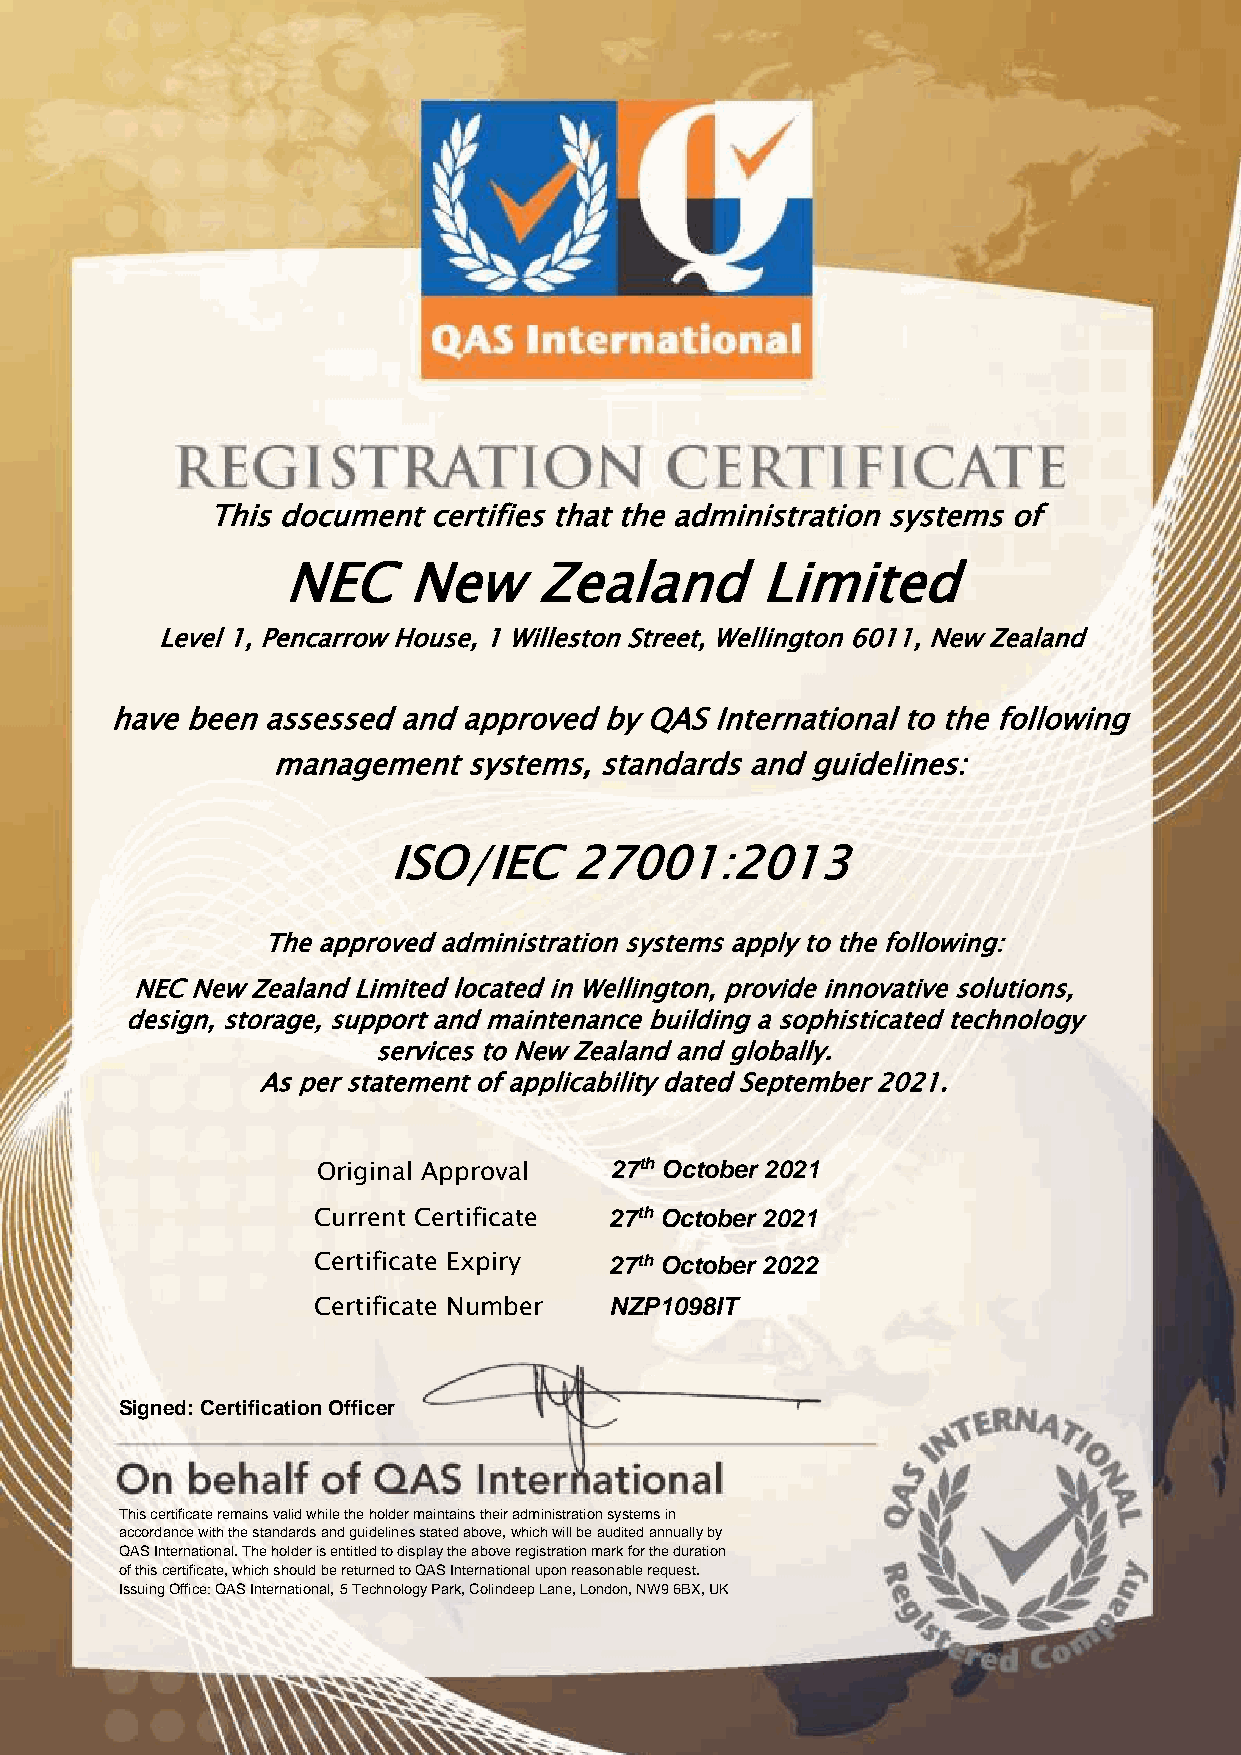
This document certifies that the administration systems of
 NEC     New     Zealand        Limited
 Level 1, Pencarrow House, 1 Willeston Street, Wellington 6011, New Zealand
 have been assessed and approved  by QAS International to the following
 management   systems, standards and guidelines:
 ISO/IEC     27001:2013
 The approved administration systems apply to the following:
 NEC New Zealand Limited located in Wellington, provide innovative solutions,
 design, storage, support and maintenance building a sophisticated technology
 services to New Zealand and globally.
 As per statement of applicability dated September 2021.
 Original Approval  27th October 2021
 Current Certificate 27th October 2021
 Certificate Expiry 27th October 2022
 Certificate Number NZP1098IT
 Signed: Certification Officer
 This certificate remains valid while the holder maintains their administration systems in
 accordance with the standards and guidelines stated above, which will be audited annually by
 QAS International. The holder is entitled to display the above registration mark for the duration
 of this certificate, which should be returned to QAS International upon reasonable request.
 Issuing Office: QAS International, 5 Technology Park, Colindeep Lane, London, NW9 6BX, UK